Report on enteric fever
Disease focus: Fever
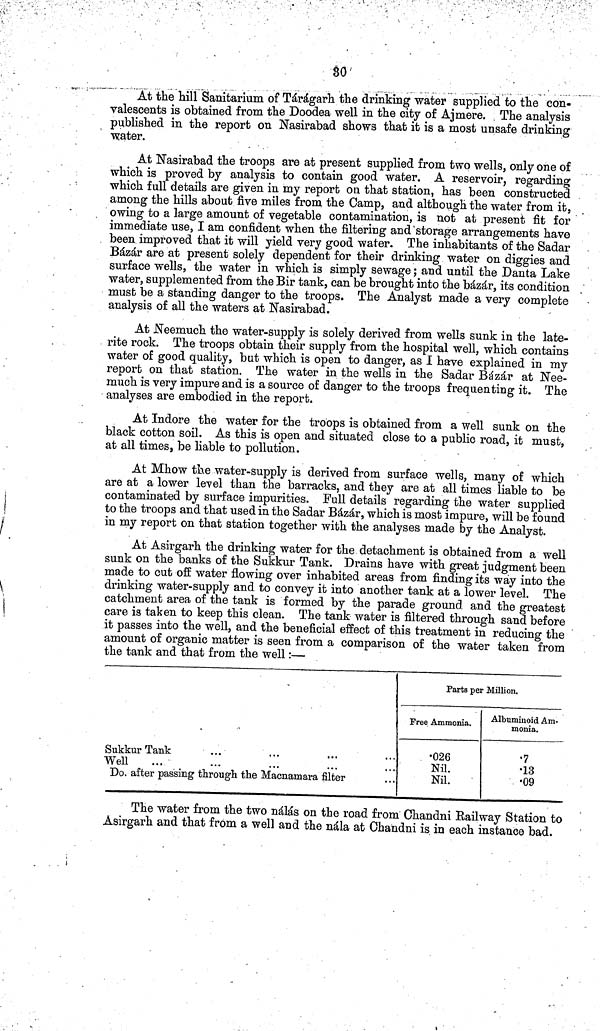
30
At the hill Sanitarium of Tárágarh the drinking water supplied to the con-
valescents is obtained from the Doodea well in the city of Ajmere. The analysis
published in the report on Nasirabad shows that it is a most unsafe drinking
water.
At Nasirabad the troops are at present supplied from two wells, only one of
which is proved by analysis to contain good water. A reservoir, regarding
which full details are given in my report on that station, has been constructed
among the hills about five miles from the Camp, and although the water from it,
owing to a large amount of vegetable contamination, is not at present fit for
immediate use, I am confident when the filtering and storage arrangements have
been improved that it will yield very good water. The inhabitants of the Sadar
Bázár are at present solely dependent for their drinking water on diggies and
surface wells, the water in which is simply sewage; and until the Danta Lake
water, supplemented from the Bir tank, can be brought into the bázár, its condition
must be a standing danger to the troops. The Analyst made a very complete
analysis of all the waters at Nasirabad.
At Neemuch the water-supply is solely derived from wells sunk in the late-
rite rock. The troops obtain their supply from the hospital well, which contains
water of good quality, but which is open to danger, as I have explained in my
report on that station. The water in the wells in the Sadar Bázár at Nee-
much is very impure and is a source of danger to the troops frequenting it. The
analyses are embodied in the report.
At Indore the water for the troops is obtained from a well sunk on the
black cotton soil. As this is open and situated close to a public road, it must,
at all times, be liable to pollution.
At Mhow the water-supply is derived from surface wells, many of which
are at a lower level than the barracks, and they are at all times liable to be
contaminated by surface impurities. Full details regarding the water supplied
to the troops and that used in the Sadar Bázár, which is most impure, will be found
in my report on that station together with the analyses made by the Analyst.
At Asirgarh the drinking water for the detachment is obtained from a well
sunk on the banks of the Sukkur Tank. Drains have with great judgment been
made to cut off water flowing over inhabited areas from finding its way into the
drinking water-supply and to convey it into another tank at a lower level. The
catchment area of the tank is formed by the parade ground and the greatest
care is taken to keep this clean. The tank water is filtered through sand before
it passes into the well, and the beneficial effect of this treatment in reducing the
amount of organic matter is seen from a comparison of the water taken from
the tank and that from the well:—
Sukkur Tank
Well
Do. after passing through the Macnamara filter
Parts per Million.
Free Ammonia.
026
Nil.
Nil.
Albuminoid Am-
monia.
7
13
09
The water from the two nálás on the road from Chandni Eailway Station to
Asirgarh and that from a well and the nála at Chandni is in each instance bad.